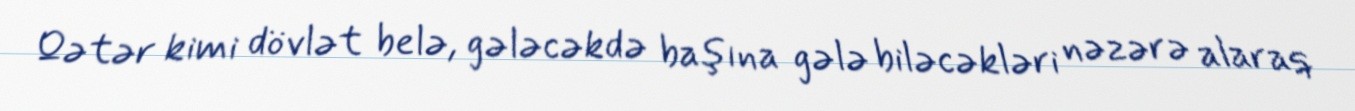
Qətər kimi dövlət belə, gələcəkdə başına gələ biləcəkləri nəzərə alaraq